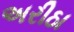
અરીઠા